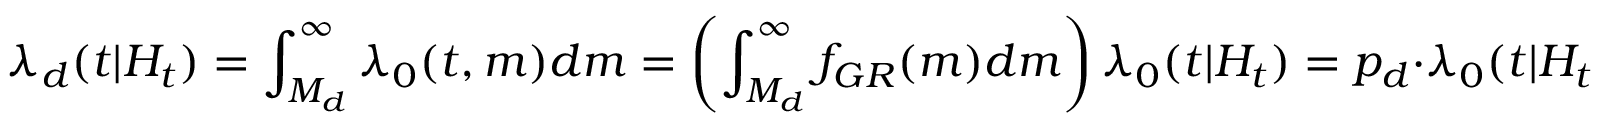
\lambda _ { d } ( t | H _ { t } ) = \int _ { M _ { d } } ^ { \infty } \lambda _ { 0 } ( t , m ) d m = \left( \int _ { M _ { d } } ^ { \infty } f _ { G R } ( m ) d m \right) \lambda _ { 0 } ( t | H _ { t } ) = p _ { d } \cdot \lambda _ { 0 } ( t | H _ { t } ) ,